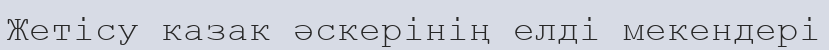
Жетісу казак әскерінің елді мекендері